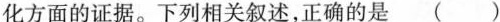
化方面的证据。下列相关叙述，正确的是 ( )